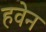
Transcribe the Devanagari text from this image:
हवेन